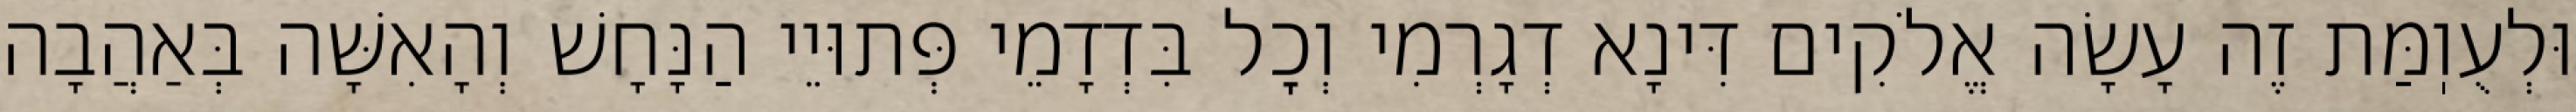
וּלְעֻוֽמַּת זֶה עָשָׂה אֱלֹקִים דִּינָא דְגָרְמִי וְכׇל בִּדְדָמֵי פְּתוּיֵי הַנָּחָשׁ וְהָאִשָּׁה בְּאַהֲבָה